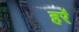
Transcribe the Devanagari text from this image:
हर्रे